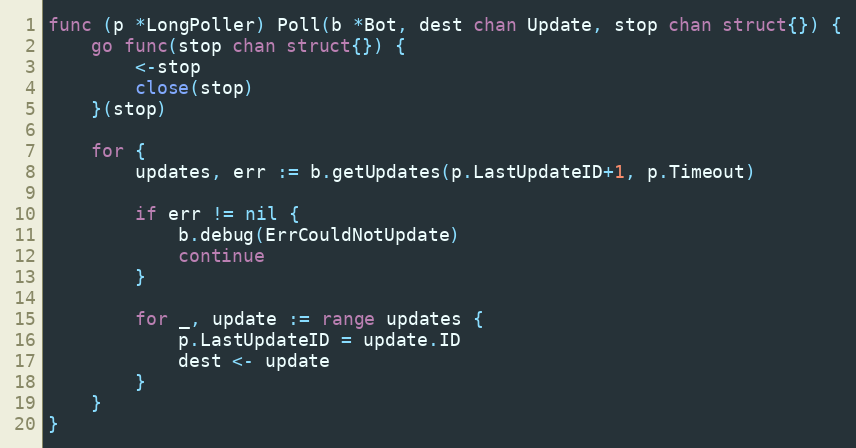
Language: Go
func (p *LongPoller) Poll(b *Bot, dest chan Update, stop chan struct{}) {
	go func(stop chan struct{}) {
		<-stop
		close(stop)
	}(stop)

	for {
		updates, err := b.getUpdates(p.LastUpdateID+1, p.Timeout)

		if err != nil {
			b.debug(ErrCouldNotUpdate)
			continue
		}

		for _, update := range updates {
			p.LastUpdateID = update.ID
			dest <- update
		}
	}
}